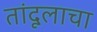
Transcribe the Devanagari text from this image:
तांदूलाचा